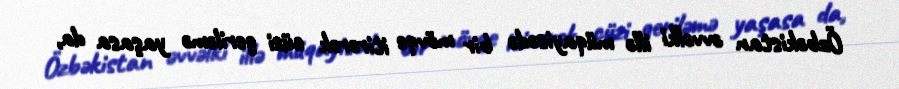
Özbəkistan əvvəlki illə müqayisədə bir mövqe itirərək cüzi geriləmə yaşasa da,